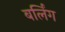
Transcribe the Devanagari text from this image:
बर्लिंग